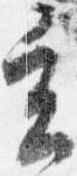
立